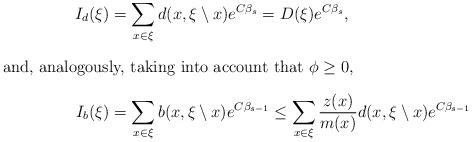
\begin{align*}I_d(\xi)&=\sum_{x\in\xi}d(x,\xi\setminus x)e^{C\beta_{s}}=D(\xi)e^{C\beta_{s}},\\\intertext{and, analogously, taking into account that $\phi\geq0$,}I_b(\xi)&=\sum_{x\in\xi}b(x,\xi\setminus x)e^{C\beta_{s-1}}\leq\sum_{x\in\xi}\frac{z(x)}{m(x)}d(x,\xi\setminus x)e^{C\beta_{s-1}}\end{align*}